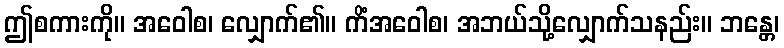
ဤစကားကို။ အဝေါစ၊ လျှောက်၏။ ကိံအဝေါစ၊ အဘယ်သို့လျှောက်သနည်း။ ဘန္တေ၊